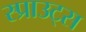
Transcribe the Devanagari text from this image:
स्प्राउट्स